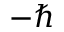
- \hbar